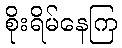
စိုးရိမ်နေကြ